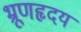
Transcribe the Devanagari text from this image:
भ्रूणहृदय